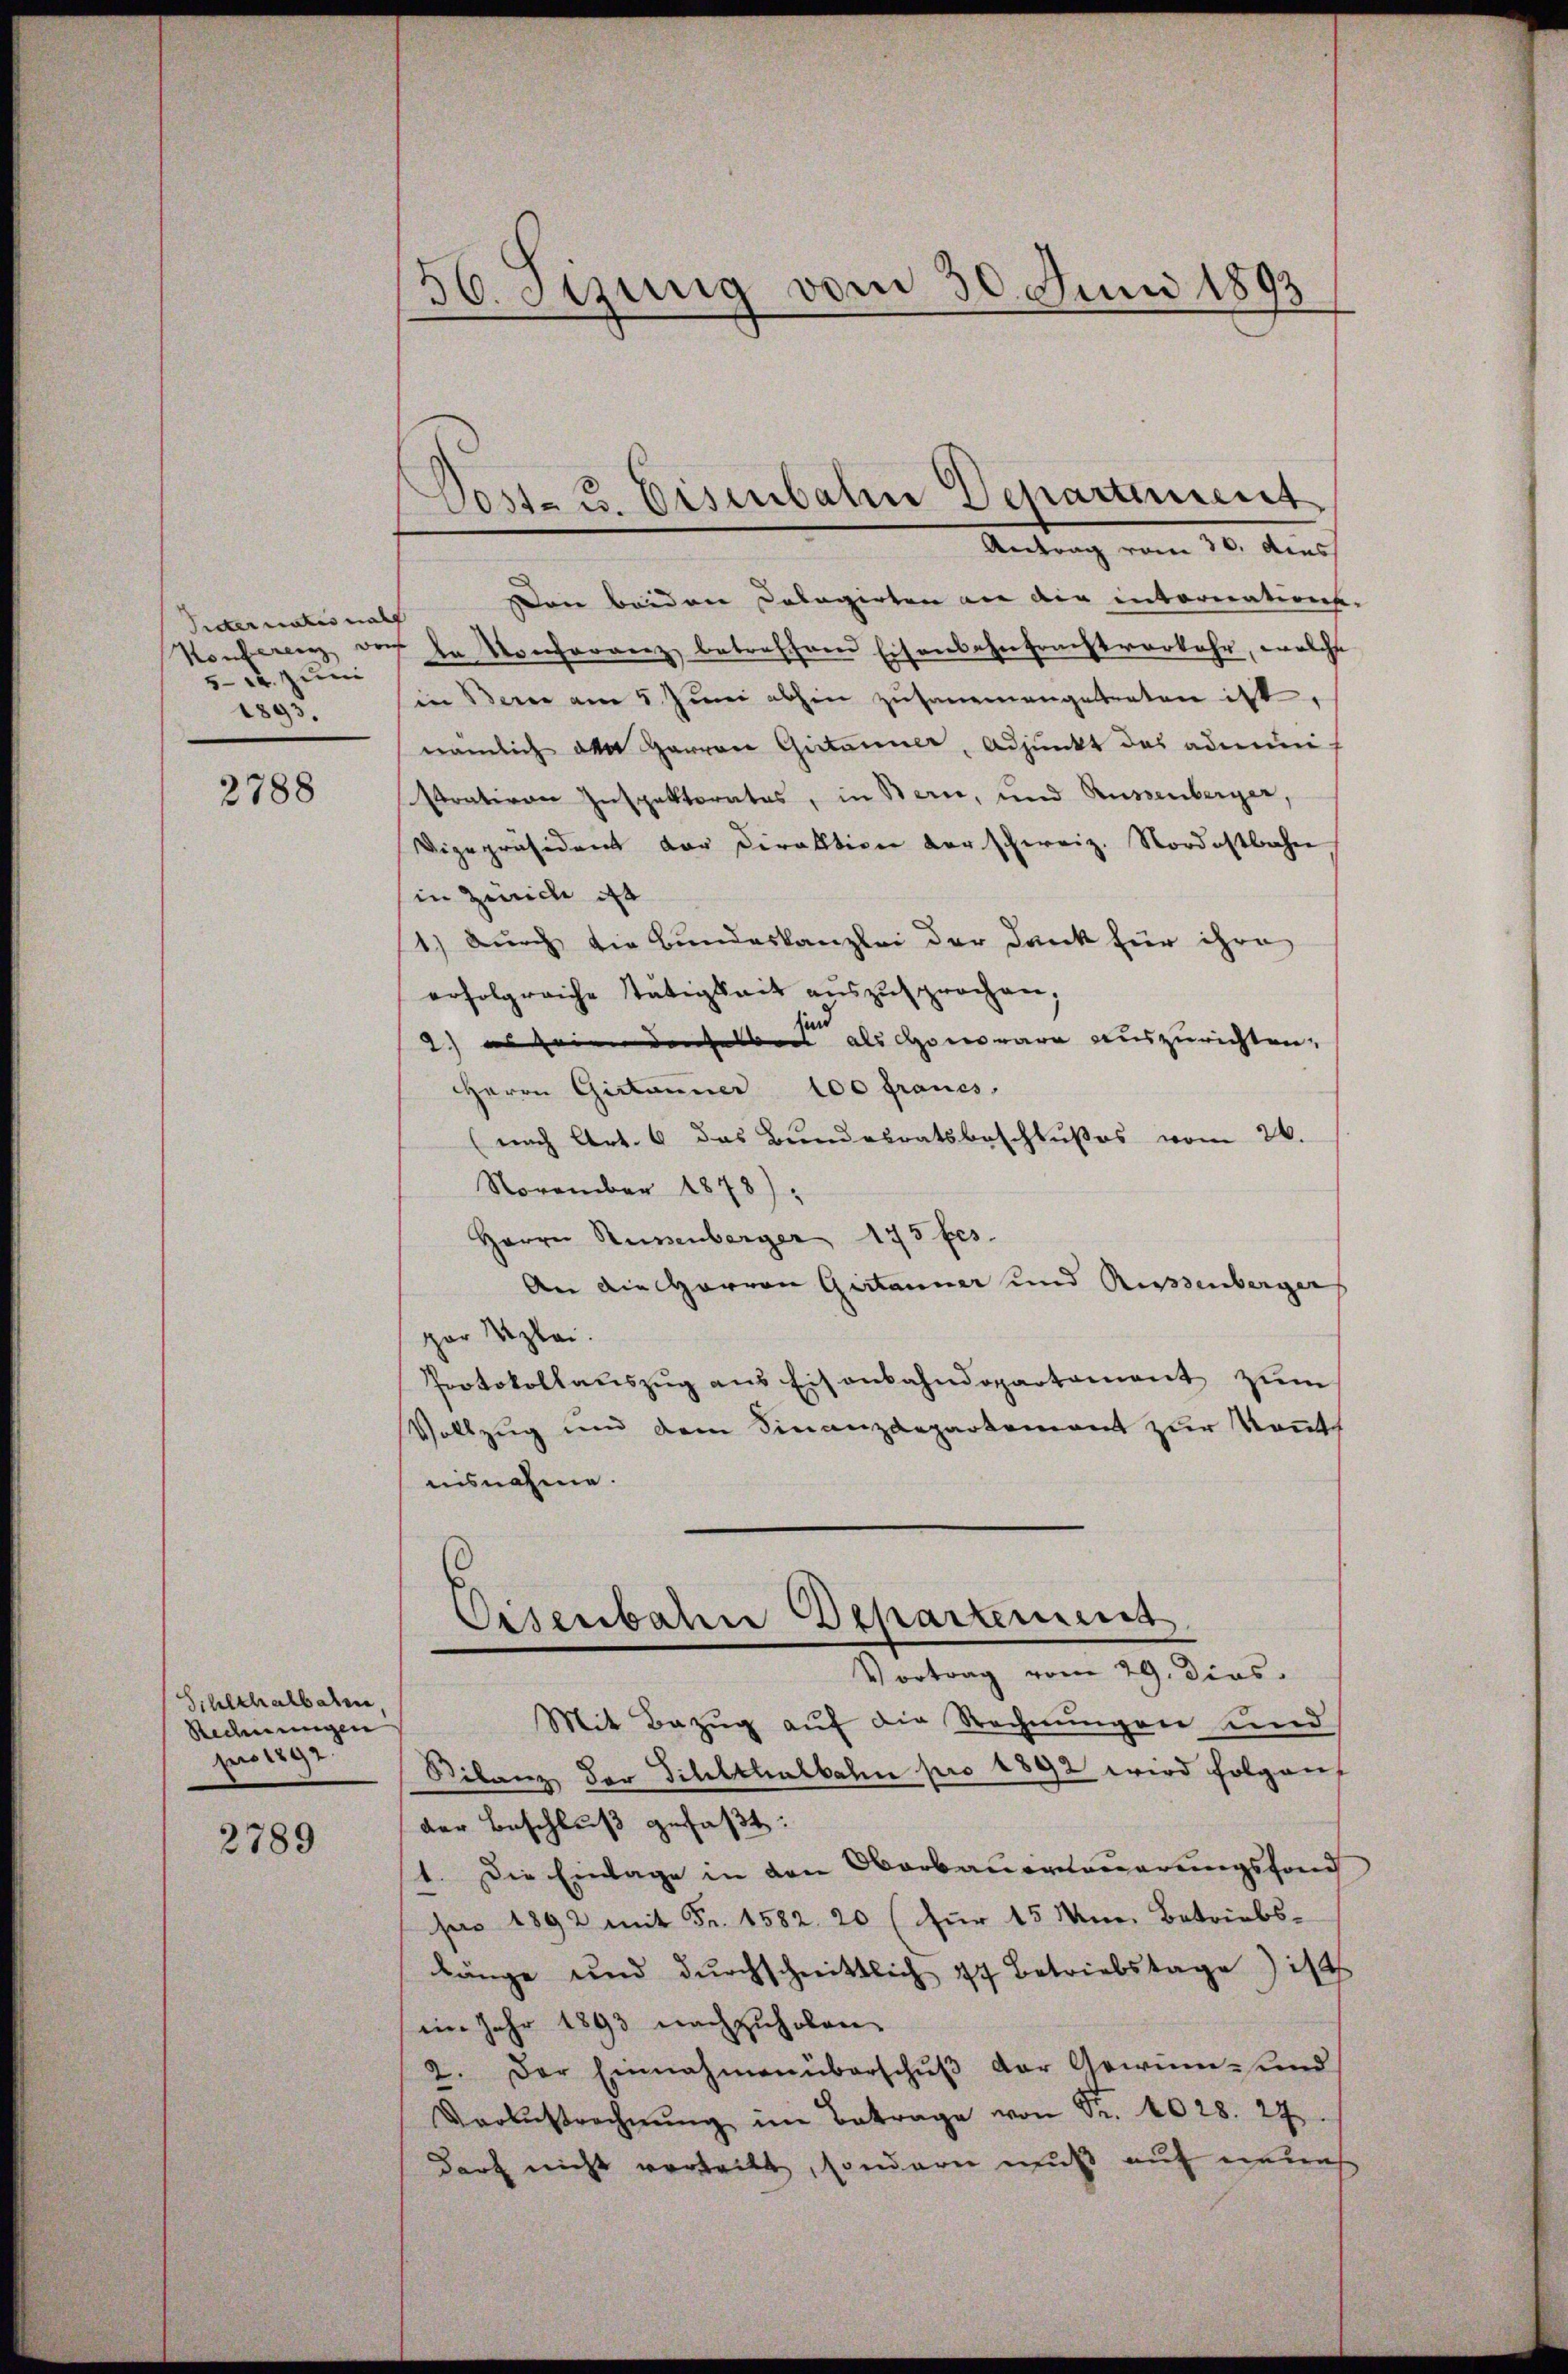
Eidter natus nach
Konferenz ver
52. zum
1895.

2788

Schlthalbahr
Rechnungen
pro 1892.

2789

56. Jezung vom 30. Juni 1893

Antrag vom 30. dies
Dan beiden Dolagirten an der internatione.
de Konferanz betreffen Eisenbahnfrachtverkehr, welche
in Bern am 5. Jŭni abhin zusammengetreten ist,
nämlich den Harren Gitanner, Adjunkt das admini-
strativen Inspektorates, in Bern, und Rüssenberger,
Vizepräsident der Direktion der schweiz. Nordostbahn
in Zürich ist
1) durch die Bundeskanzlei der Dank für ihre
erfolgreiche tätigkeit auszusprochen,
i
2.) es seinen derselben als Honorare auszurichten,
Herrn Gittanner 100 Fraues,
(nach Art. 6 das Bundesratsbeschlußes vom 26.
November 1878);
Herrn Russenberger 175 fes
An die Herren Gustauner und Russenbergers
par Szlei.
Protokollauszug aus Eisenbahndepartament zum
Vollzug und dem Finanzdepartement zur Kennt
nisnahme.
Eisenbahne Departement
Vortrag vom 29. dies
Mit Bezug auf die Rechnungen und
Bilanz der Titelthalbahn pro 1892 wird folgenf
der Beschluß gefaßt:
1. Die Einlage in den Oberbauernauerungsfond
sr 1892 mit Fr. 1582. 20 (für 15 Min. Betriebs-
länge und durchschnittlich 17 Betriebstage) ist
iin Jahr 1893 nachzuholen.
2. Der Einnahmen überschŭβ der Gewinn- und
Vorbestrechnŭng im Betrage von Fr. 4028. 27.
darf nicht verheilt, sondern muß auf neues

Dost- & Eisenbahn Departient